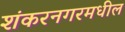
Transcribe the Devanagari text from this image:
शंकरनगरमधील